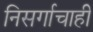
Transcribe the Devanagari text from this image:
निसर्गाचाही